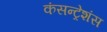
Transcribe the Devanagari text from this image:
कंसन्ट्रेशंस